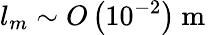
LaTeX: l_{m}\sim O\left(10^{-2}\right)\mathrm{~m~}